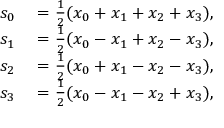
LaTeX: \begin{array} { r l } { s _ { 0 } } & { { } = { \frac { 1 } { 2 } } ( x _ { 0 } + x _ { 1 } + x _ { 2 } + x _ { 3 } ) , } \\ { s _ { 1 } } & { { } = { \frac { 1 } { 2 } } ( x _ { 0 } - x _ { 1 } + x _ { 2 } - x _ { 3 } ) , } \\ { s _ { 2 } } & { { } = { \frac { 1 } { 2 } } ( x _ { 0 } + x _ { 1 } - x _ { 2 } - x _ { 3 } ) , } \\ { s _ { 3 } } & { { } = { \frac { 1 } { 2 } } ( x _ { 0 } - x _ { 1 } - x _ { 2 } + x _ { 3 } ) , } \end{array}